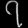
Digit: ၇